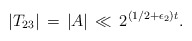
\begin{align*}|T_{23}| \, = \, |A| \, \ll \, 2^{(1/2+\epsilon_2)t}.\end{align*}